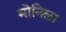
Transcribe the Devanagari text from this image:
मोनिला